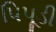
પિપૂડી